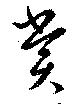
賞